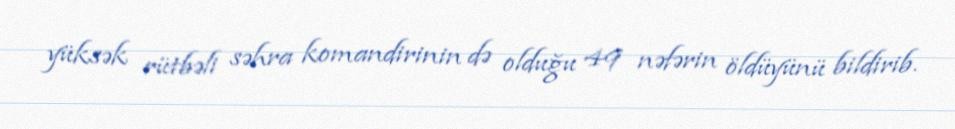
yüksək rütbəli səhra komandirinin də olduğu 49 nəfərin öldüyünü bildirib.